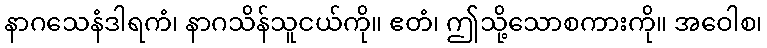
နာဂသေနံဒါရကံ၊ နာဂသိန်သူငယ်ကို။ ဧတံ၊ ဤသို့သောစကားကို။ အဝေါစ၊